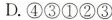
D.④③①②③